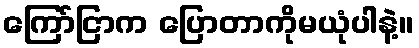
ကြော်ငြာက ပြောတာကိုမယုံပါနဲ့။